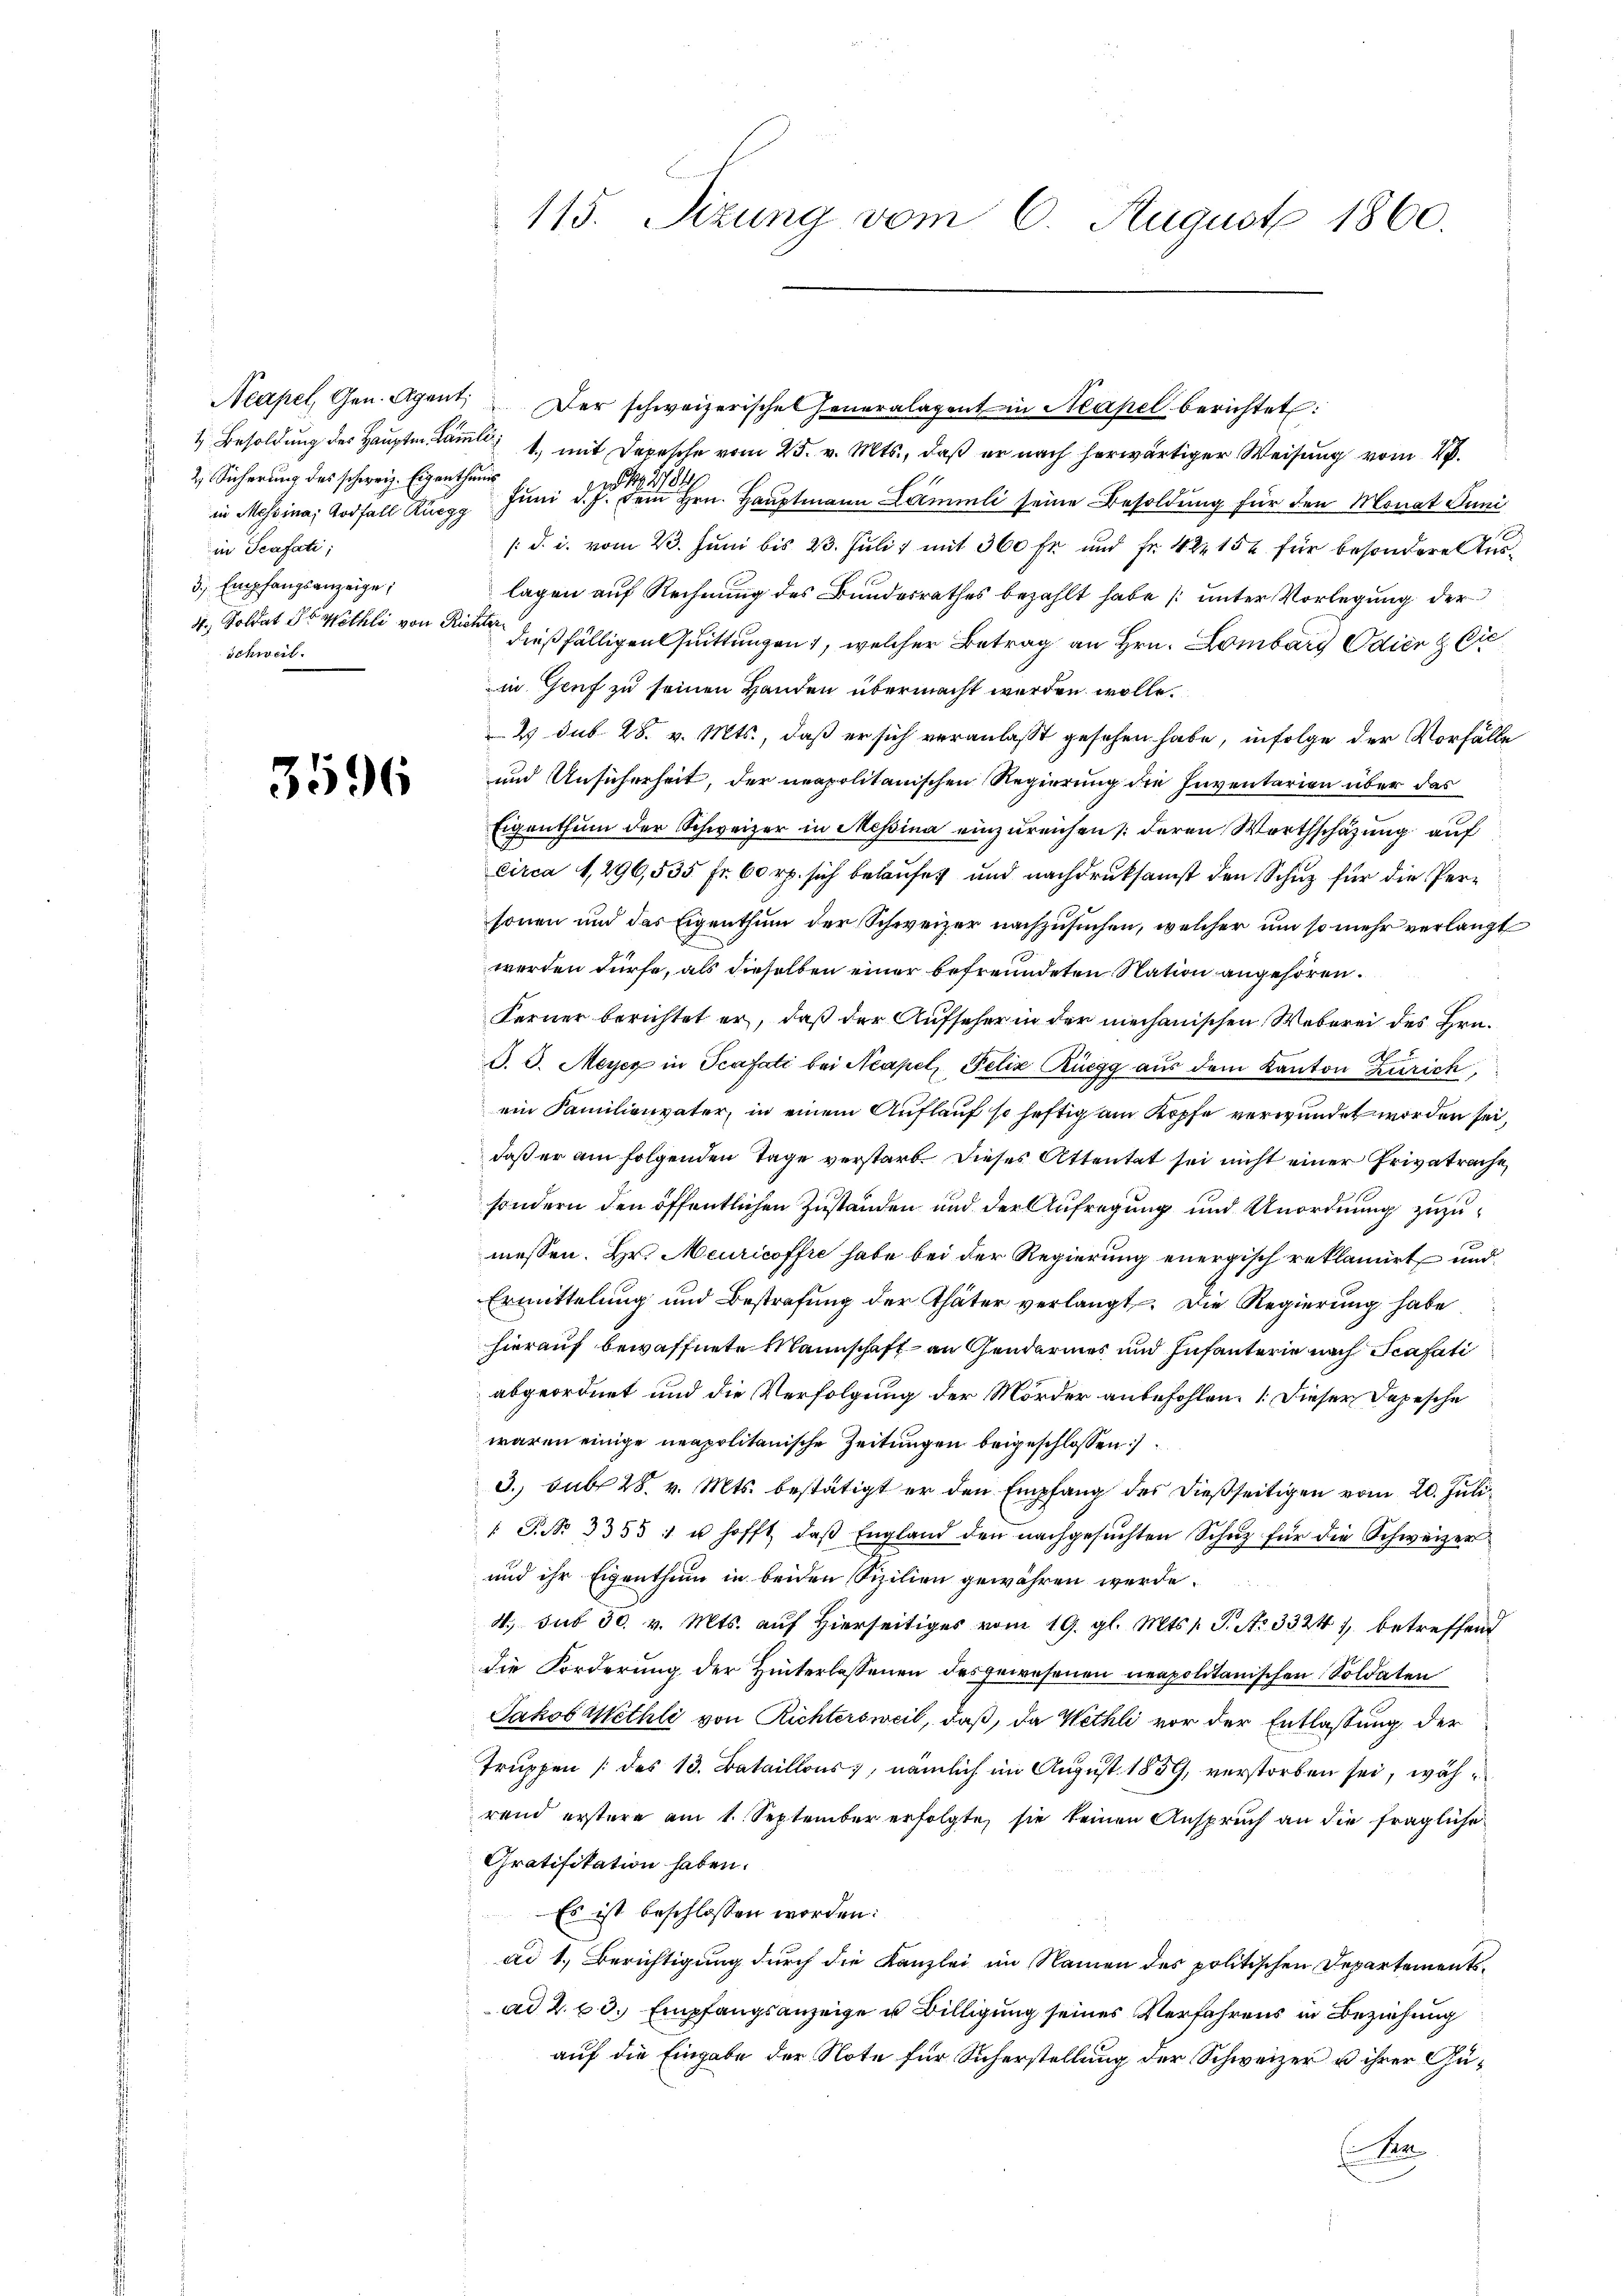
2 Sicherung des schweiz. Eigenthum
in Scafati;
3 Empfangsanzeige,
4., Soldat ds Wethli von Richter
Schweil.

3596

Neapel, Gen. Agent. Der schweizerische Generalagent in Neapel berichtet:
1 Besoldung des Hauptm. am 1. mit Depesche vom 25. v. Mts., daß er nach herwärtiger Weisung vom 4.
in Messina, Todfall Kurz Juni d. Hrn. Hauptmann Lamm seine Besoldung für den Monat Juni
/d. i. vom 23. Juni bis 23. Juli 1 mit 360 fr. und Fr. 422 154 für besondere Auslagen auf Rechnung des Bundesrathes bezahlt habe (unter Vorlegung der
dießfälligen Quittungen, welcher Betrag an Hrn. Lombarg Odien & Cie
in Genf zu seinen Handen übermacht werden wolle.
2 sub 28. v. Mts., daß er sich veranlaßt gesehen habe, infolge der Vorfälle
und Ansicherheit, der neapolitanischen Regierung die Inventarien über das
Eigenthum der Schweizer in Messina einzureichen /: deren Werthschazung auf
circa 1,296,535 fr. 60 rp. sich belaufet und nachdruksamst den Schuz für die Personen und das Eigenthum der Schweizer nachzusuchen, welcher um so mehr verlangt
werden dürfe, als dieselben einer befreundeten Nation angehören.
Ferner berichtet er, daß der Aufseher in der mechanischen Weberei des Brud. d. Meyer in Scafati bei Neapel, Felix Rüegg aus dem Kanton Zürich
ein Familienvater, in einem Auflauf so heftig am Kopfe verwundet worden sei,
daß er am folgenden Tage verstarb. Dieses Attentat sei nicht einer Privatrache,
sondern den öffentlichen Zuständen und der Aufregung und Unordnung zuzumessen. Hr. Meuricoffre habe bei der Regierung energisch reklamirt und
Ermittelung und Bestrafung der Thäter verlangt. Die Regierung habe
hierauf bewaffnete Mannschaft an Gendarmes und Infanterie nach Scafati
abgeordnet und die Verfolgung der Mörder anbefohlen. (Dieser Depesche
waren einige neapolitanische Zeitungen beigeschlossen:
3. sub 28. v. Mts. bestätigt er den Empfang des dießseitigen vom 20. Juli
 P. Nr. 33531 u. hofft, daβ England den nachgesŭchten Schuz für die Schweizer
und ihr Eigenthum in beiden Sizilien gewähren werde.
4. sub 30. v. Mts. auf hierseitiges vom 19. gl. Mts. v. P. Nr. 3324 1 betreffend
die Forderung der Hinterlassenen des gewesenen neapolitanischen Soldaten
Jakob Methli von Richtersweil, daß, da Wethli vor der Entlassung der
Truppen (des 13. Bataillons, nämlich im August 1859, verstorben sei, während erstere am 1. September erfolgte, sie keinen Anspruch an die fragliche
Gratifikation haben.
Es ist beschlossen worden:
ad 1. Berichtigung durch die Kanzlei im Namen des politischen Departementsad 2. p. 3. Empfangsanzeige u. Billigung seines Verfahrens in Beziehung
auf die Eingabe der Note für Sicherstellung der Schweizer u ihrer Güe

115. Sitzung vom 6. August 1860.